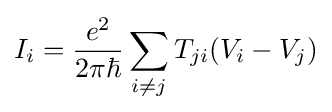
I_{i}={\frac {e^{2}}{2\pi \hbar }}\sum _{i\neq j}T_{ji}(V_{i}-V_{j})